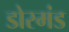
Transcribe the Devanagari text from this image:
डोरमंड